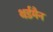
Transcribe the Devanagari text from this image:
थर्डमैन